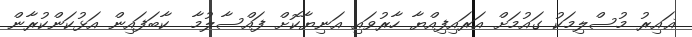
ޣައިރު މުސްލިމަކު ގައުމަށް އަރައިފިއްޔާ ހާރުވައި އަނިޔާކޮށް ފައްސާލުމާ  ކާބަފައިން އަޅުކަންކުރާން